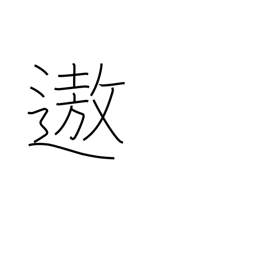
Meaning: enjoyment